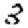
Digit: 3